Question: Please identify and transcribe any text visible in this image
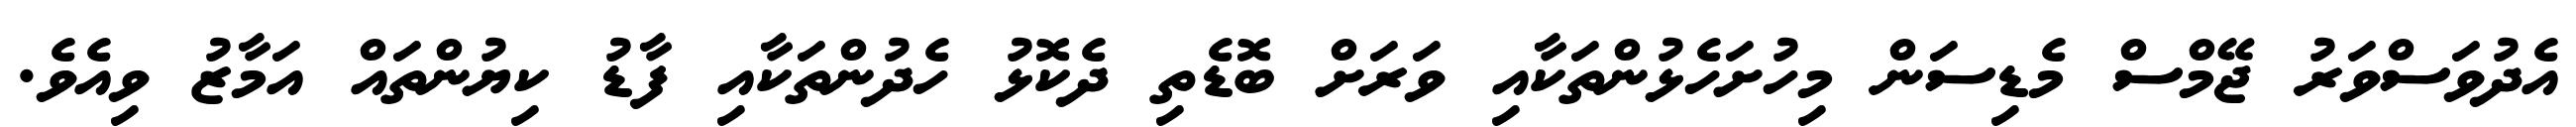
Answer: އެދުވަސްވަރު ޖޭމްސް މެޑިސަން މިހުށަހެޅުންތަކާއި ވަރަށް ބޮޑެތި ދެކޮޅު ހެދުންތަކާއި ފާޑު ކިޔުންތައް އަމާޒު ވިއެވެ.